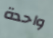
واحدة